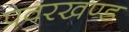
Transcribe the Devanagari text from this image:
प्रवरखण्ड